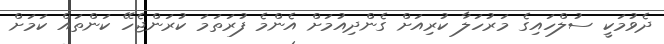
ދެވުމަކީ ސުލްހައިގެ މަރުހަލާ ކުރިއަަށް ގެންދިއުމަށް އެންމެ ފުރަތަމަ ކުރަންޖެހޭ ކަންތައް ކަމަށް